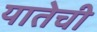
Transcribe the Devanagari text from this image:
यातेची